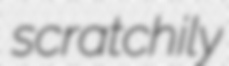
scratchily